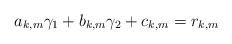
LaTeX: \begin{align*}a_{k,m}\gamma_1 + b_{k,m}\gamma_2 + c_{k,m} = r_{k,m}\end{align*}